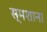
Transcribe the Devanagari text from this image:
स्मशाना